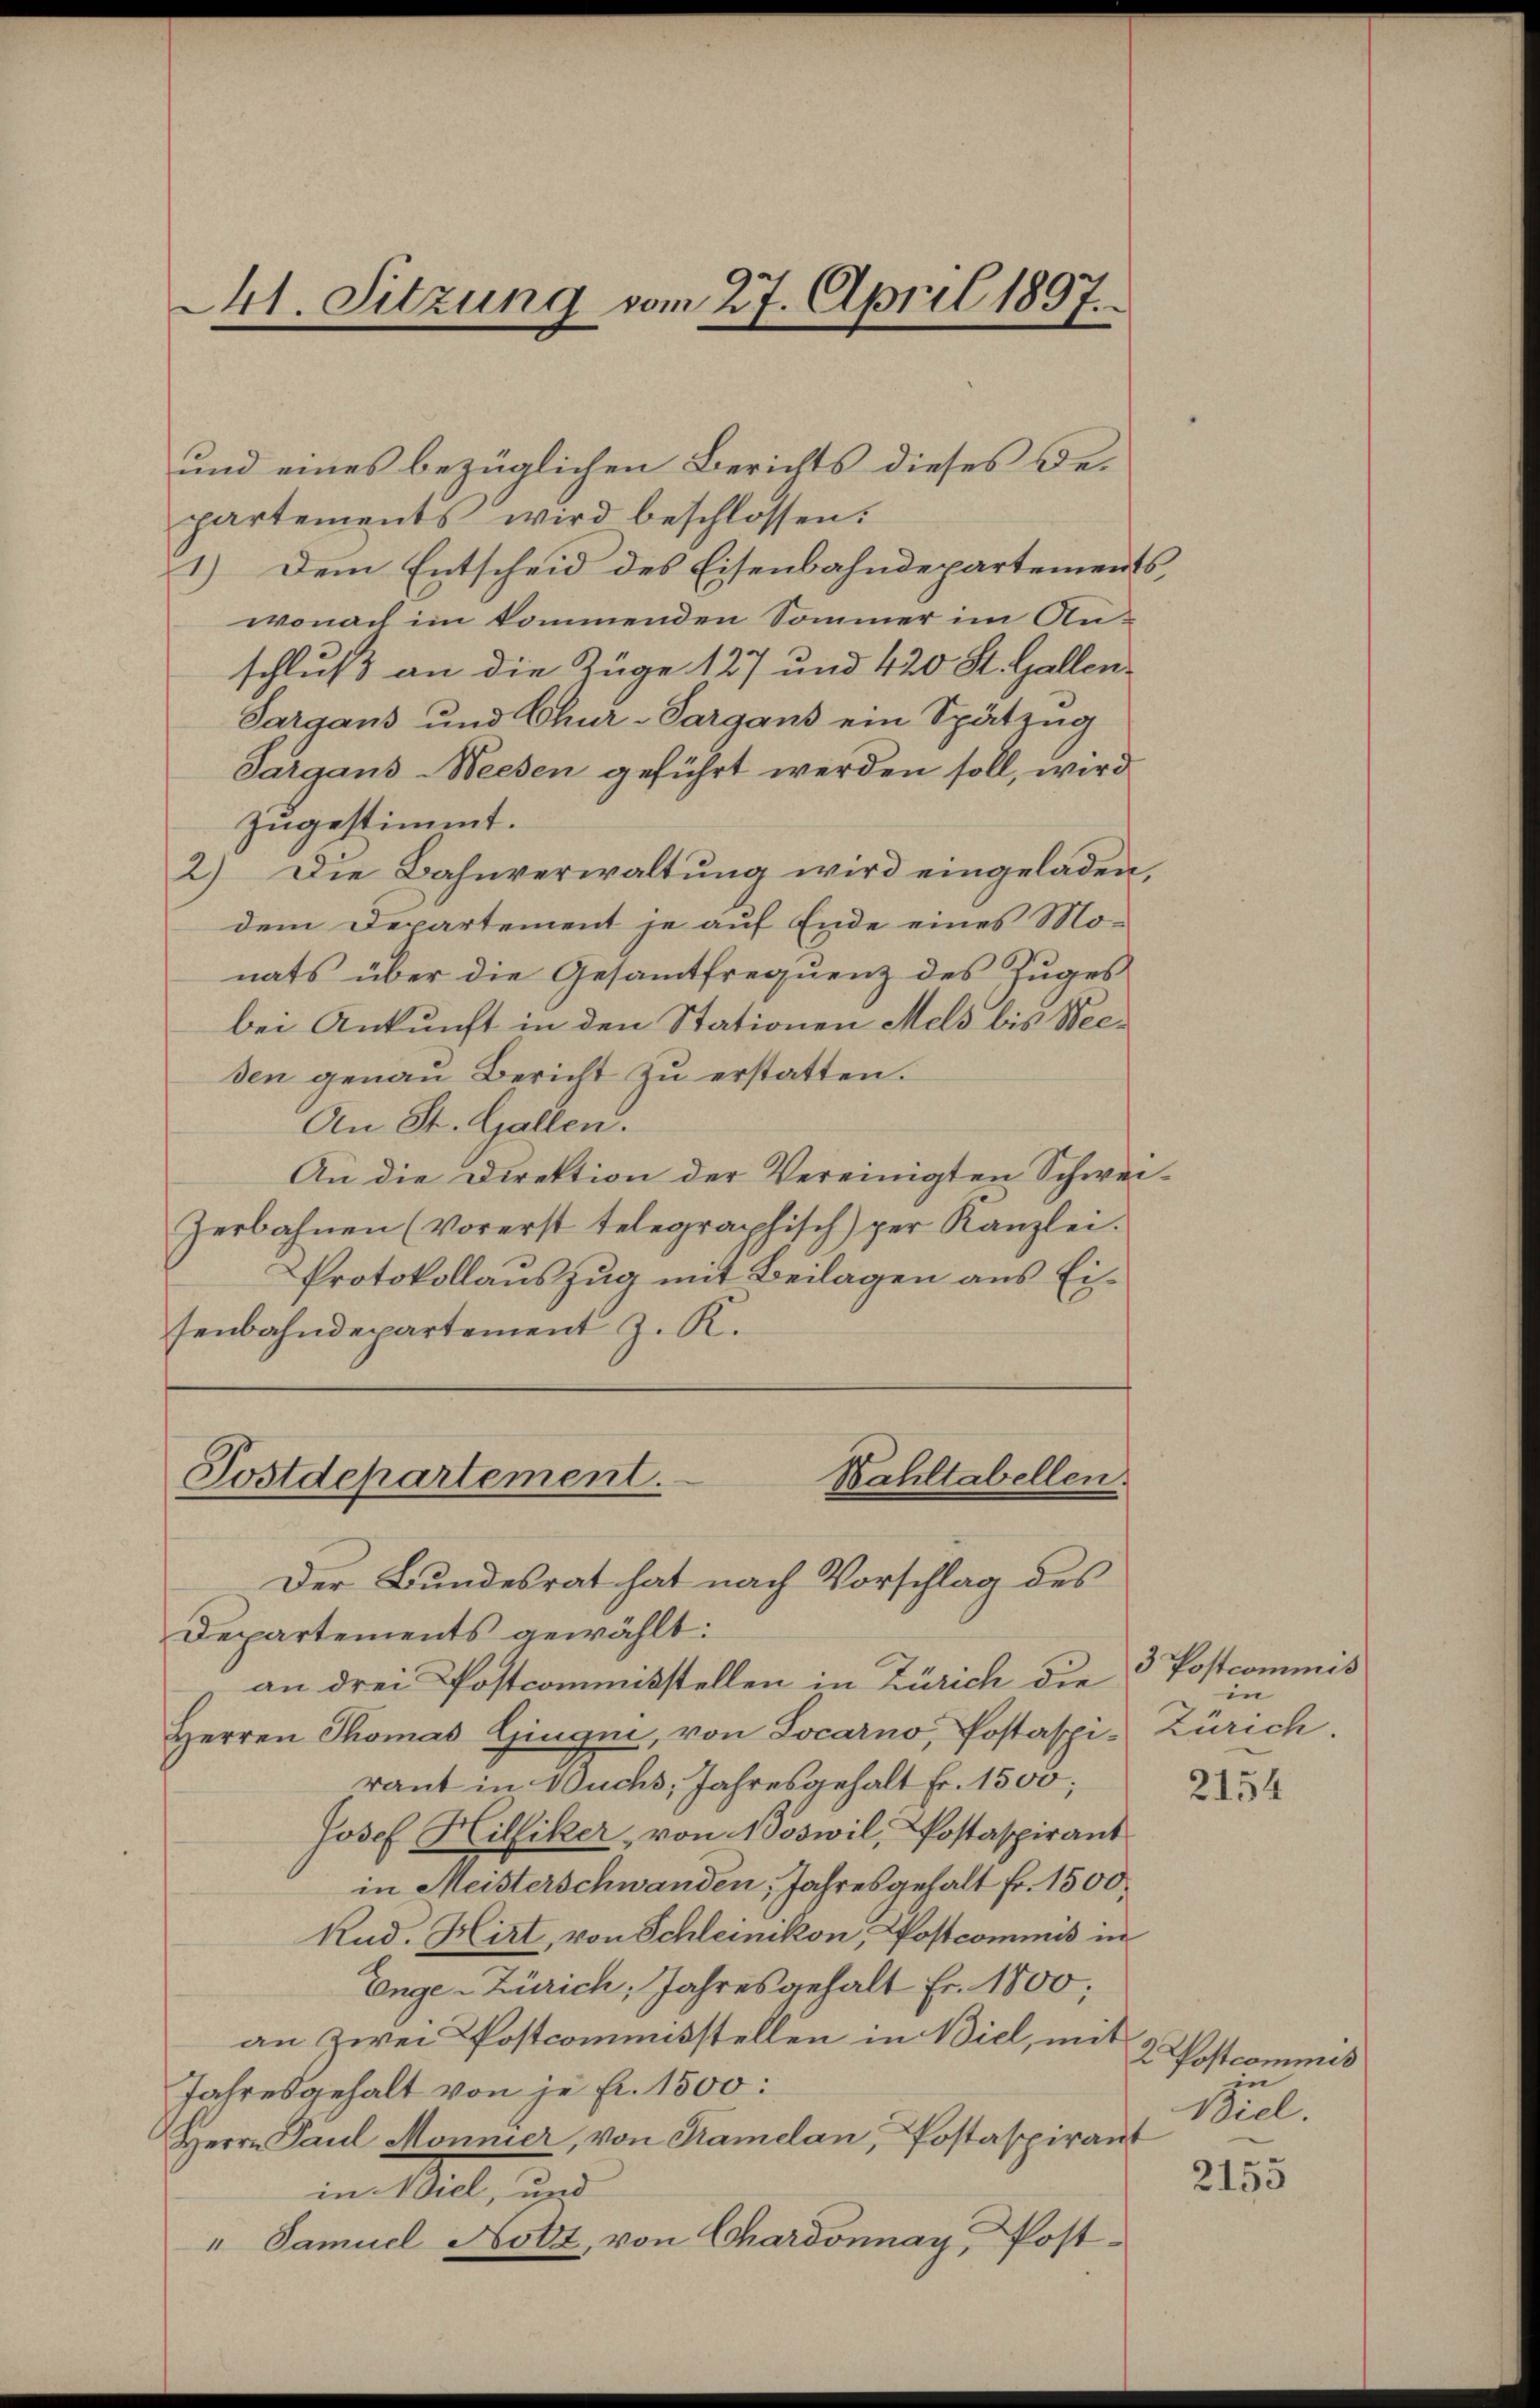
41. Sitzung vom 27. April 1857.

und eines bezüglichen Berichts dieses De-
partements wird beschlossen:
1.) Dem Entscheid des Eisenbahndepartements,
wonach im kommenden Sommer im Anschluß an die Züge 127 und 420 St. Gallen¬
Sargans und Chur-Sargans ein Spätzug
Sargans-Weesen geführt werden soll, wird
zugestimmt.
2) Die Bahnverwaltŭng wird eingeladen,
dem Departement je auf Ende eines Monats über die Gesamtfrequenz des Zuges
bei Ankunft in den Stationen Mels bis Needen genau Bericht zu erstatten.
An St. Gallen.
An die Direktion der Vereinigten Schwei-
Herbahnen (vorerst telegraphisch) per Kanzlei.
Protokollauszug mit Beilagen aus Eisenbahndepartement z. K.

Postdepartement.
Bahltabellen.
Der Bundesrat hat nach Vorschlag des

Departements gewählt:
an drei Postcommisstellen in Zürich die
Herren Thomas Gingii, von Locarno, Postaspi-Zürich.
rant in Wuchs, Jahresgehalt Fr. 1500;
Josef Hilliker, von Noswil, Postaspirant
in Meisterschwanden, Jahresgehalt fr. 1500.
Kud. Hirt, von Schleinikon, Postcommis in
Enge-Zürich, Jahres gehalt Fr. 1800;
an zwei Postcommisstellen in Biel, mit
Jahresgehalt von je Fr. 1500:
Herrn Paul Monnier, von Kamelan, Postaspirant
im Will, und
" Samuel Hotz, von Chardonnay, Post¬

3 Postcommis
in

2154

2 Postcommis
in
Biel.

2155